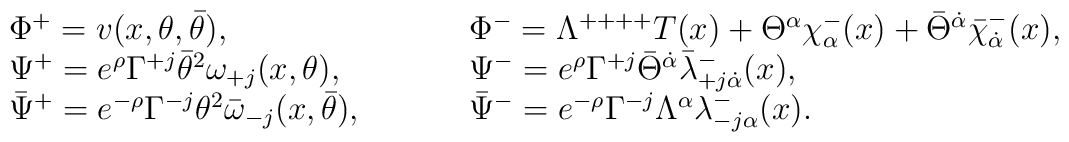
\begin{array}{lcccl}  \Phi^+ = v(x,\theta,\bar\theta), &&&&  \Phi^- =  \Lambda^{++++}T(x) + \Theta^\alpha \chi^-_\alpha(x)  +\bar\Theta^{\dot\alpha}\bar\chi^-_{\dot\alpha}(x),   \nonumber \\  \Psi^+ = e^\rho \Gamma^{+j}  \bar\theta^2\omega_{+j}(x,\theta), &&&&      \Psi^- = e^\rho \Gamma^{+j} \bar\Theta^{\dot\alpha}  \bar{\lambda}^-_{+j\dot\alpha}(x), \nonumber\\  \bar\Psi^+ = e^{-\rho} \Gamma^{-j}  \theta^2\bar\omega_{-j}(x,\bar\theta),  &&&&   \bar\Psi^- = e^{-\rho} \Gamma^{-j}\Lambda^{\alpha} \lambda^-_{-j\alpha}(x).\end{array}